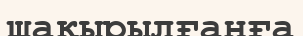
шақырылғанға